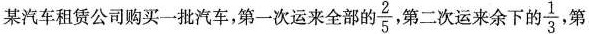
某汽车租赁公司购买一批汽车，第一次运来全部的 \frac{2}{5} 第二次运来余下的 \frac{1}{3} ，第